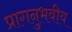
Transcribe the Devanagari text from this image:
प्रागनुभवीय